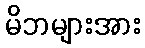
မိဘများအား